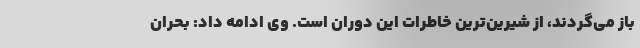
باز می‌گردند، از شیرین‌ترین خاطرات این دوران است. وی ادامه داد: بحران